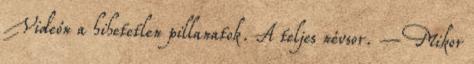
Videón a hihetetlen pillanatok. A teljes névsor. – Mikor